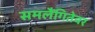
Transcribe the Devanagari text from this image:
समलैंगितेवर